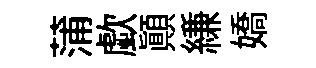
蒲歔顚縑嬌